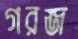
গরজ